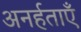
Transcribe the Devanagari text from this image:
अनर्हताएँ